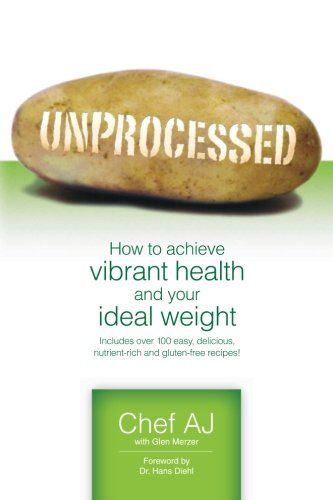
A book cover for Unprocessed: How to achieve vibrant health and your ideal weight.; Chef AJ; Cookbooks, Food & Wine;